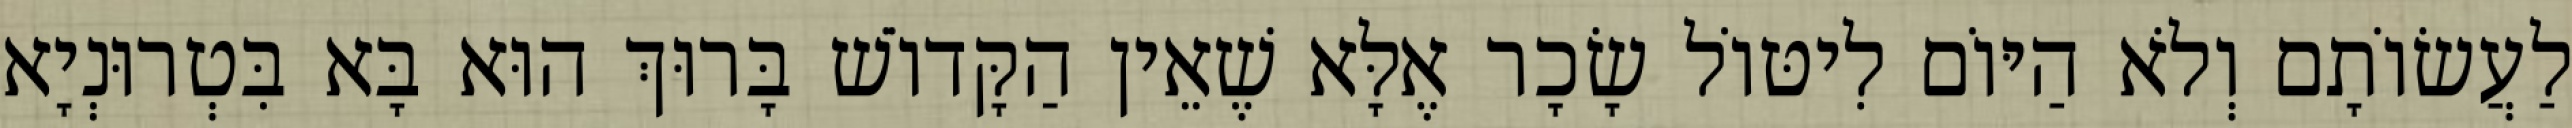
לַעֲשׂוֹתָם וְלֹא הַיּוֹם לִיטּוֹל שָׂכָר אֶלָּא שֶׁאֵין הַקָּדוֹשׁ בָּרוּךְ הוּא בָּא בִּטְרוּנְיָא